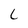
Character: 6